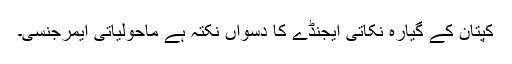
کپتان کے گیارہ نکاتی ایجنڈے کا دسواں نکتہ ہے ماحولیاتی ایمرجنسی۔